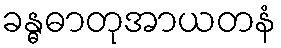
ခန္ဓဓာတုအာယတနံ